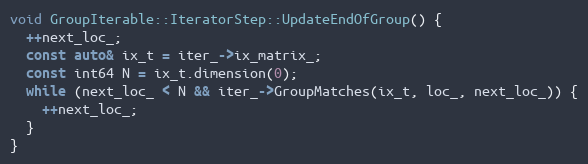
Language: C++
void GroupIterable::IteratorStep::UpdateEndOfGroup() {
  ++next_loc_;
  const auto& ix_t = iter_->ix_matrix_;
  const int64 N = ix_t.dimension(0);
  while (next_loc_ < N && iter_->GroupMatches(ix_t, loc_, next_loc_)) {
    ++next_loc_;
  }
}